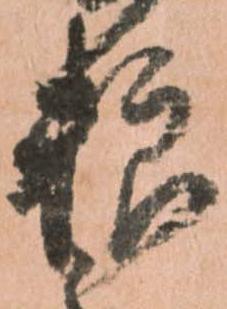
粮